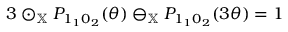
\begin{array} { r } { 3 \odot _ { \mathbb { X } } P _ { 1 _ { 1 } 0 _ { 2 } } ( \theta ) \ominus _ { \mathbb { X } } P _ { 1 _ { 1 } 0 _ { 2 } } ( 3 \theta ) = 1 } \end{array}